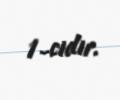
1-cidir.